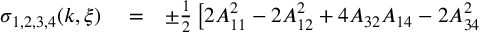
\begin{array} { r l r } { \sigma _ { 1 , 2 , 3 , 4 } ( k , \xi ) } & { { } = } & { \pm \frac { 1 } { 2 } \left[ 2 A _ { 1 1 } ^ { 2 } - 2 A _ { 1 2 } ^ { 2 } + 4 A _ { 3 2 } A _ { 1 4 } - 2 A _ { 3 4 } ^ { 2 } \right. } \end{array}